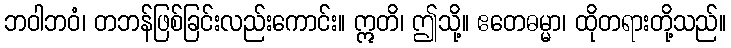
ဘဝါဘဝံ၊ တဘန်ဖြစ်ခြင်းလည်းကောင်း။ ဣတိ၊ ဤသို့။ ဧတေဓမ္မာ၊ ထိုတရားတို့သည်။